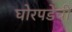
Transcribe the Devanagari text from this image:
घोरपडेची